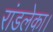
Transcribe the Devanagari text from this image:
रांडलेका।